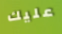
عليك